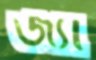
জ্যা